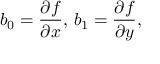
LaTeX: b _ { 0 } = { \frac { \partial f } { \partial x } } , \, b _ { 1 } = { \frac { \partial f } { \partial y } } ,